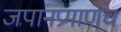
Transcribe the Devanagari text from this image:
जपानप्रमाणेच